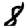
Digit: 8